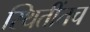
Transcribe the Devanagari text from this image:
स्थितींतच